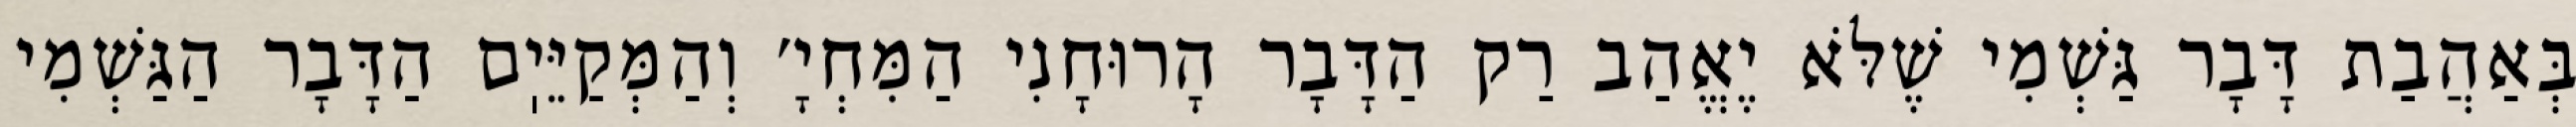
בְּאַהֲבַת דָּבָר גַּשְׁמִי שֶׁלֹּא יֶאֱהַב רַק הַדָּבָר הָרוּחָנִי הַמִּחְיָ׳ וְהַמְּקַיֵּיֽם הַדָּבָר הַגַּשְׁמִי